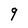
Character: 9